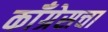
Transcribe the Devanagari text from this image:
कॉँग्रेसचा